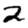
Digit: 2